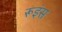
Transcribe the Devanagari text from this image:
रूइंस